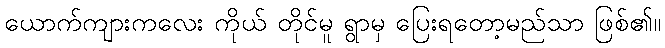
ယောက်ကျားကလေး ကိုယ် တိုင်မူ ရွာမှ ပြေးရတော့မည်သာ ဖြစ်၏။